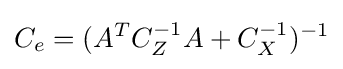
C_{e}=(A^{T}C_{Z}^{-1}A+C_{X}^{-1})^{-1}